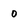
Character: 0